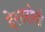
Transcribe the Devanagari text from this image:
देसारोयो